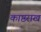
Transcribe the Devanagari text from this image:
काष्ठराख